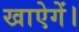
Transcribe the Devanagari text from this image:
खाऐगें।